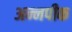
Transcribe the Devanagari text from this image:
अन्नपीक